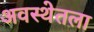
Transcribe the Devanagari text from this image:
अवस्थेतला